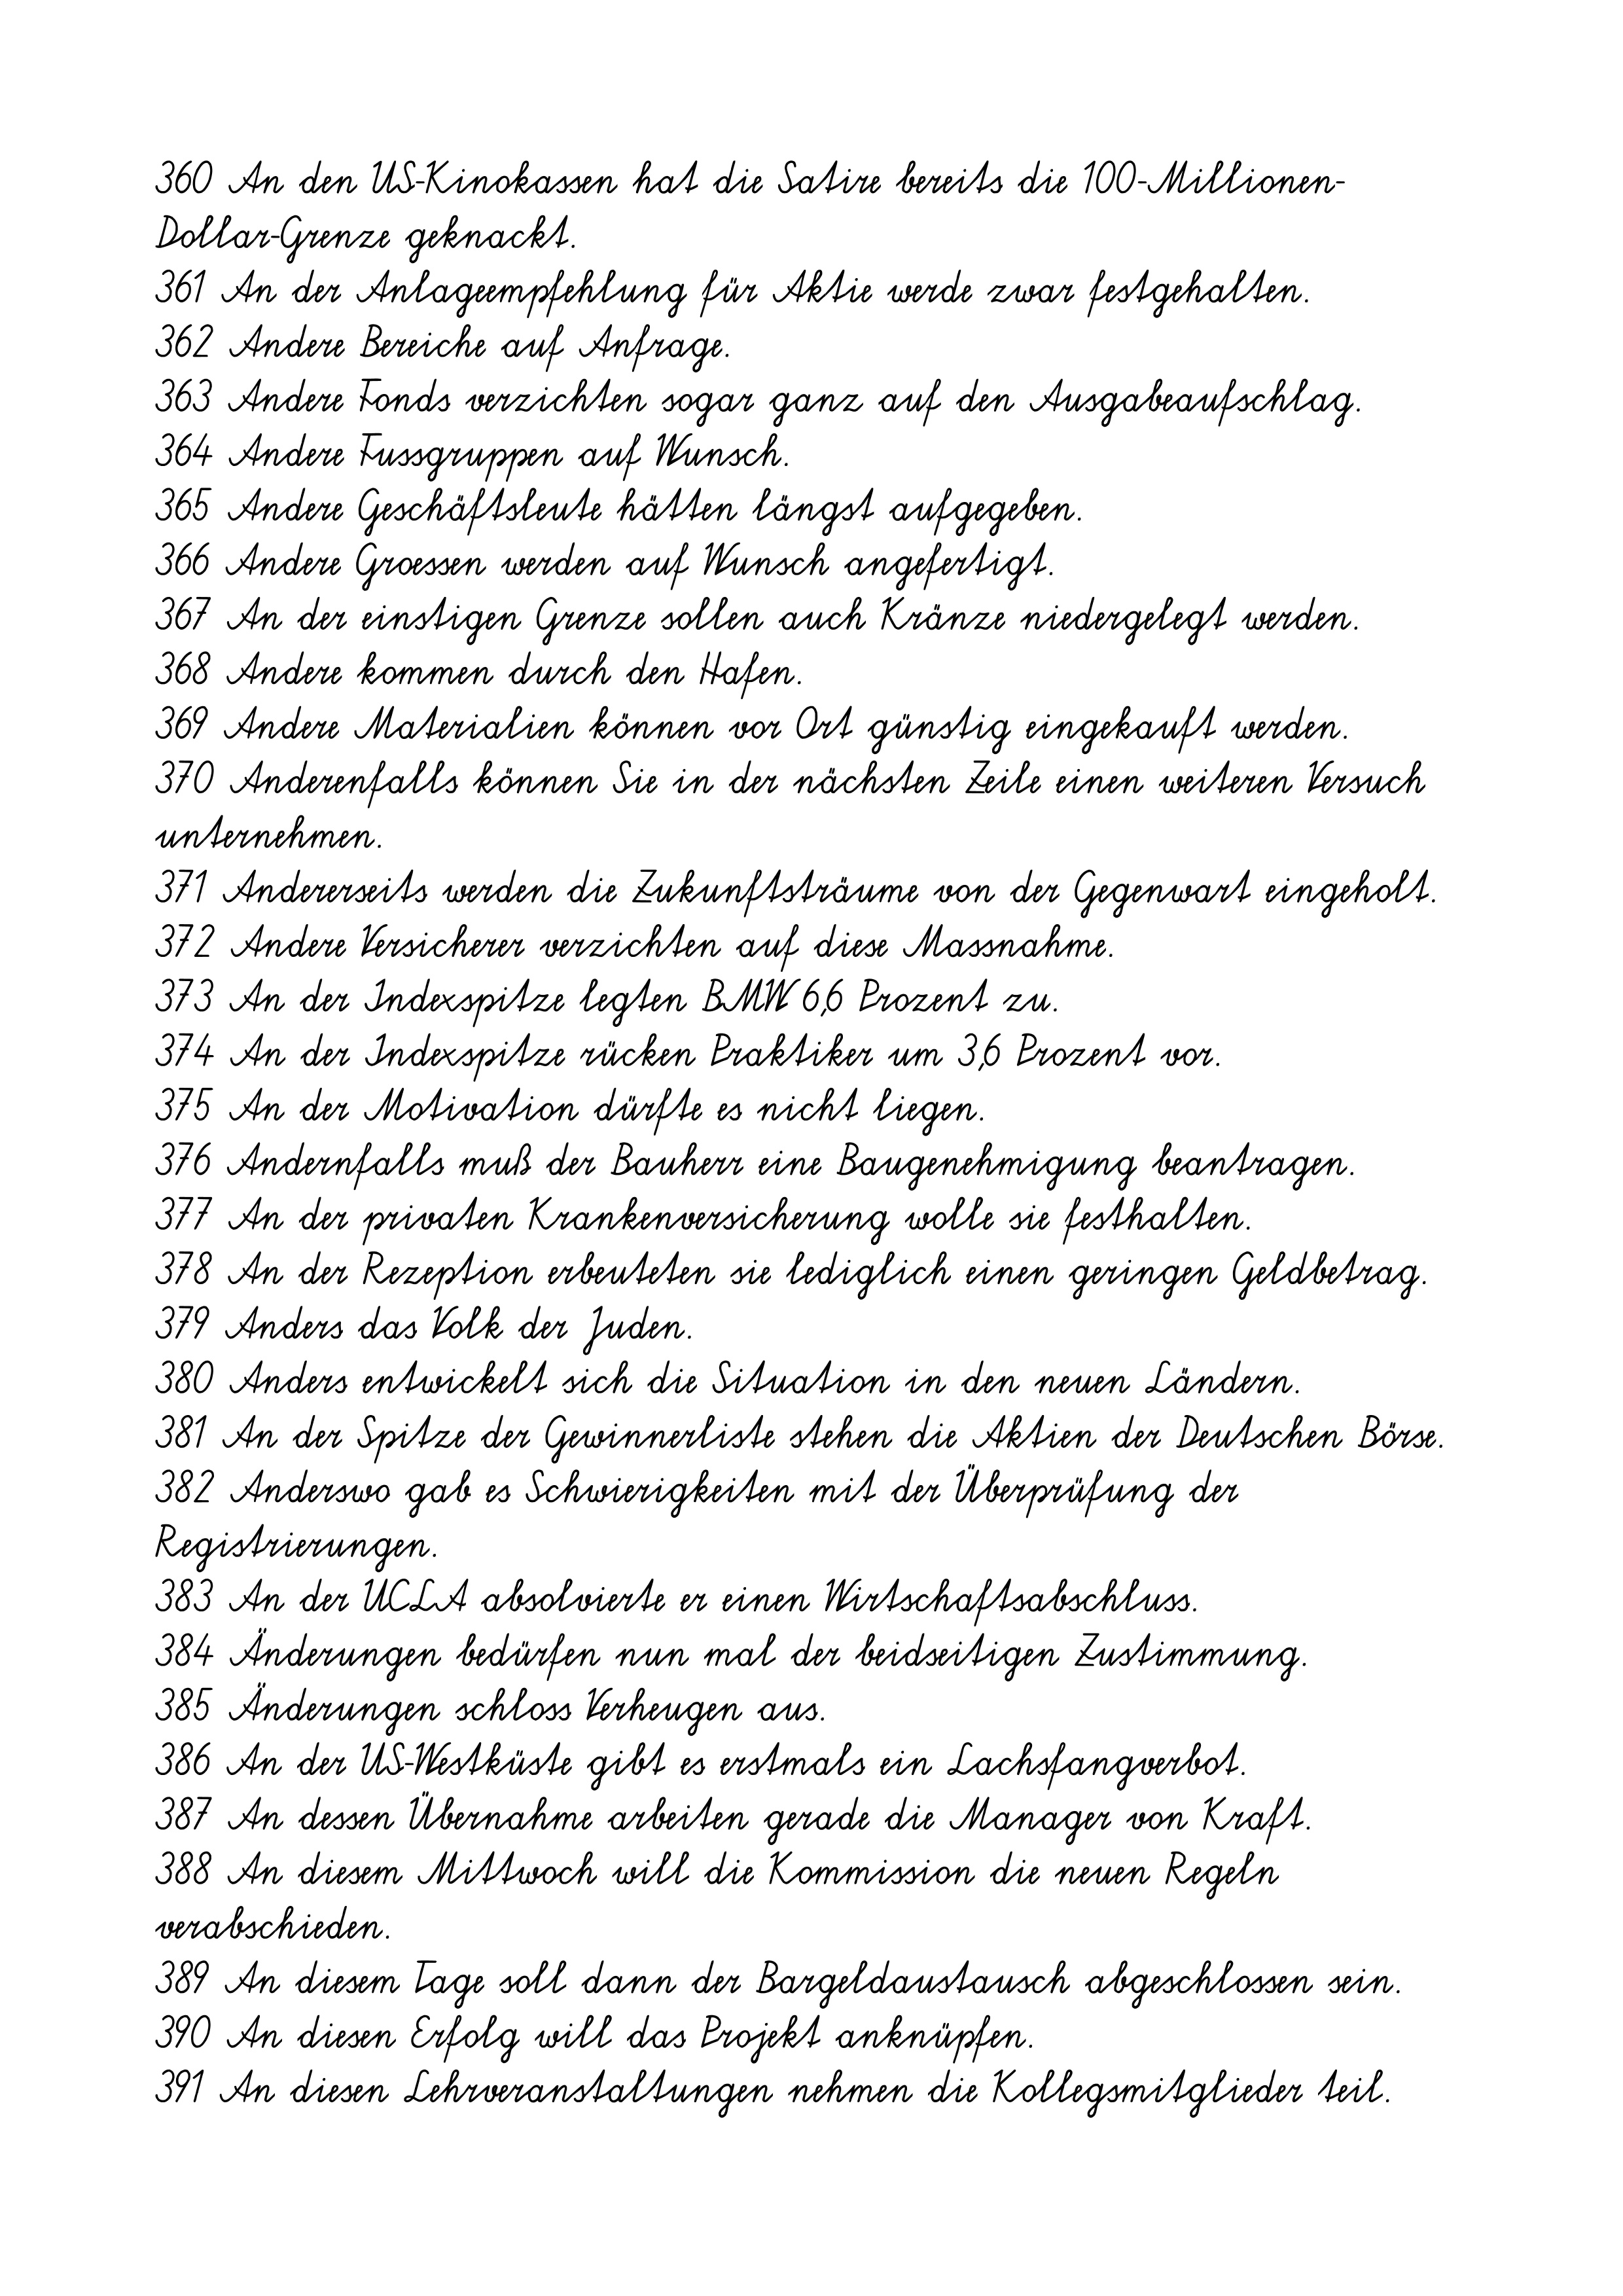
360 An den US-Kinokassen hat die Satire bereits die 100-Millionen-
Dollar-Grenze geknackt.
361 An der Anlageempfehlung für Aktie werde zwar festgehalten.
362 Andere Bereiche auf Anfrage.
363 Andere Fonds verzichten sogar ganz auf den Ausgabeaufschlag.
364 Andere Fussgruppen auf Wunsch.
365 Andere Geschäftsleute hätten längst aufgegeben.
366 Andere Groessen werden auf Wunsch angefertigt.
367 An der einstigen Grenze sollen auch Kränze niedergelegt werden.
368 Andere kommen durch den Hafen.
369 Andere Materialien können vor Ort günstig eingekauft werden.
370 Anderenfalls können Sie in der nächsten Zeile einen weiteren Versuch
unternehmen.
371 Andererseits werden die Zukunftsträume von der Gegenwart eingeholt.
372 Andere Versicherer verzichten auf diese Massnahme.
373 An der Indexspitze legten BMW 6,6 Prozent zu.
374 An der Indexspitze rücken Praktiker um 3,6 Prozent vor.
375 An der Motivation dürfte es nicht liegen.
376 Andernfalls muß der Bauherr eine Baugenehmigung beantragen.
377 An der privaten Krankenversicherung wolle sie festhalten.
378 An der Rezeption erbeuteten sie lediglich einen geringen Geldbetrag.
379 Anders das Volk der Juden.
380 Anders entwickelt sich die Situation in den neuen Ländern.
381 An der Spitze der Gewinnerliste stehen die Aktien der Deutschen Börse.
382 Anderswo gab es Schwierigkeiten mit der Überprüfung der
Registrierungen.
383 An der UCLA absolvierte er einen Wirtschaftsabschluss.
384 Änderungen bedürfen nun mal der beidseitigen Zustimmung.
385 Änderungen schloss Verheugen aus.
386 An der US-Westküste gibt es erstmals ein Lachsfangverbot.
387 An dessen Übernahme arbeiten gerade die Manager von Kraft.
388 An diesem Mittwoch will die Kommission die neuen Regeln
verabschieden.
389 An diesem Tage soll dann der Bargeldaustausch abgeschlossen sein.
390 An diesen Erfolg will das Projekt anknüpfen.
391 An diesen Lehrveranstaltungen nehmen die Kollegsmitglieder teil.